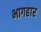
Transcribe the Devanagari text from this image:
भागहार